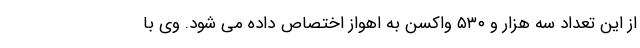
از این تعداد سه هزار و ۵۳۰ واکسن به اهواز اختصاص داده می شود. وی با